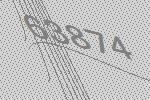
63874